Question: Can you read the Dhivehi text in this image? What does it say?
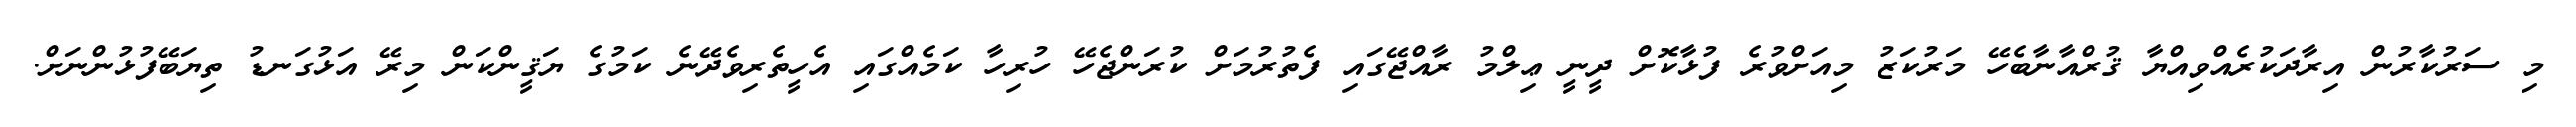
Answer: މި ސަރުކާރުން އިރާދަކުރެއްވިއްޔާ ޤުރްއާނާބެހޭ މަރުކަޒު މިއަށްވުރެ ފުޅާކޮށް ދީނީ ޢިލްމު ރާއްޖޭގައި ފެތުރުމަށް ކުރަންޖެހޭ ހުރިހާ ކަމެއްގައި އެހީތެރިވެދޭނެ ކަމުގެ ޔަޤީންކަން މިރޭ އަޅުގަނޑު ތިޔަބޭފުޅުންނަށް.